Report of the veterinary officer investigating camel disease
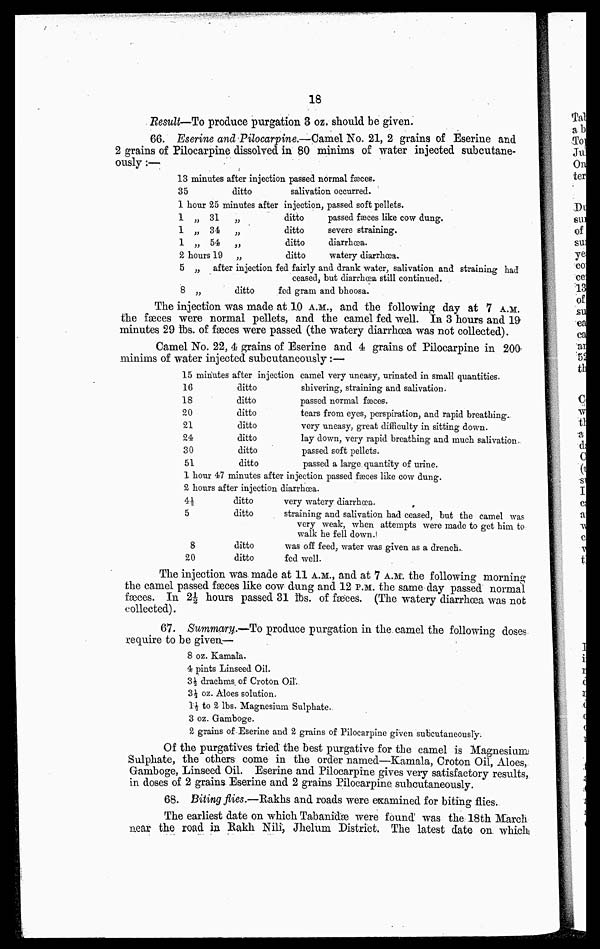
18
Result—To produce purgation 3 oz. should be given.
66. Eserine and Pilocarpine.—Camel No. 21, 2 grains of Eserine and
2 grains of Pilocarpine dissolved in 80 minims of water injected subcutane-
ously:—
13 minutes after injection passed normal fæces.
35
ditto
salivation occurred.
1 hour 25 minutes after injection, passed soft pellets.
1 „
1 „
1 „
2 hours
5 „
8 „
31
„
34
„
54
„
19 „
ditto
ditto
ditto
ditto
passed fasces like cow dung.
severe straining.
diarrhoea.
watery diarrhoea.
after injection fed fairly and drank water, salivation and straining had
ceased, but diarrhoea still continued.
ditto
fed gram and bhoosa.
The injection was made at 1.0 A.M., and the following day at 7 A.M.
the fæces were normal pellets, and the camel fed well. In 3 hours and 19
minutes 29 lbs. of fæces were passed (the Watery diarrhoea was not collected).
Camel No. 22, 4 grains of Eserine and 4 grains of Pilocarpine in 200
minims of water injected subcutaneously:—
15 minutes after injection
16
18
20
21
24
30
51
ditto
ditto
ditto
ditto
ditto
ditto
ditto
camel very uneasy, urinated in small quantities.
shivering, straining and salivation.
passed normal fæces.
tears from eyes, perspiration, and rapid breathing.
very uneasy, great difficulty in sitting down.
lay down, very rapid breathing and much salivation.
passed soft pellets.
passed a large quantity of urine.
1 hour 47 minutes after injection passed fæces like cow dung.
2 hours after injection diarrhoea.
4½
5
8
20
ditto
ditto
ditto
ditto
very watery diarrhoea.
straining and salivation had ceased, but the camel was
very weak, when attempts were made to get him to
walk he fell down.!
was off feed, water was given as a drench.
fed well.
The injection was. made at 11 A.M., and at 7 A.M. the following morning
the camel passed faeces like cow dung and 12 P.M. the same day passed normal
faeces. In 2½ hours passed 31 lbs. of faeces. (The watery diarrhoea was not
collected).
67. Summary.—To produce purgation in the camel the following doses
require to be given.—
8 oz. Kamala.
4 pints Linseed Oil.
3½ drachms of Croton Oil.
3½ oz. Aloes solution.
1½ to 2 lbs. Magnesium Sulphate.
3 oz. Gamboge.
2 grains of Eserine and 2 grains of Pilocarpine given subcutaneously.
Of the purgatives tried the best purgative for the camel is Magnesium
Sulphate, the others come in the order named—Kamala, Croton Oil, Aloes,
Gamboge, Linseed Oil. Eserine and Pilocarpine gives very satisfactory results,
in doses of 2 grains Eserine and 2 grains Pilocarpine subcutaneously.
68. Biting flies.—Rakhs and roads were examined for biting flies.
The earliest date on which Tabanidæ were found was the 18th March
near the road in Rakh Nili, Jhelum District. The latest date on. which